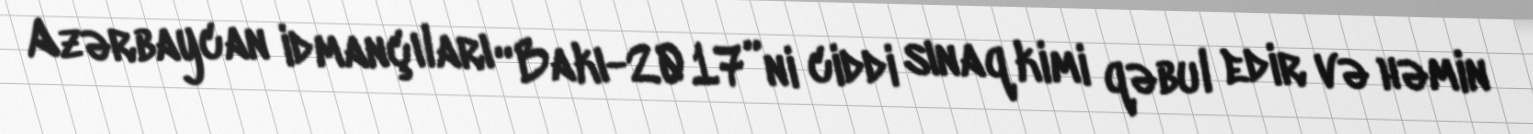
Azərbaycan idmançıları “Bakı-2017”ni ciddi sınaq kimi qəbul edir və həmin